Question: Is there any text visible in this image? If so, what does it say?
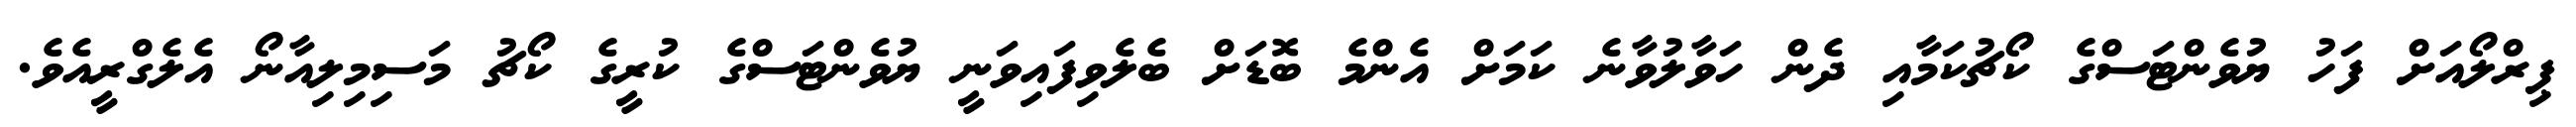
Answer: ޕިރްލޯއަށް ފަހު ޔުވެންޓަސްގެ ކޯޗުކަމާއި ދެން ހަވާލުވާނެ ކަމަށް އެންމެ ބޮޑަށް ބެލެވިފައިވަނީ ޔުވެންޓަސްގެ ކުރީގެ ކޯޗު މަސިމިލިއާނޯ އެލެގްރީއެވެ.